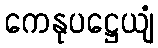
ကေနုပဋ္ဌေယျံ